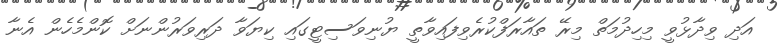
އަދި ވިދާޅުވީ މިހިދުމަތް މިރޭ ތައާރަފްކުރެވިފައިވާތީ ޔުނިވަސިޓީގައި ކިޔަވާ ދަރިވަރުންނަށް ކޮންމެހެން އެނާ